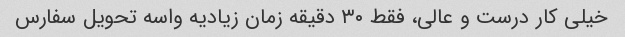
خیلی کار درست و عالی، فقط ۳۰ دقیقه زمان زیادیه واسه تحویل سفارس